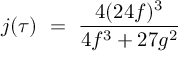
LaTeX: j ( \tau ) ~ = ~ { \frac { 4 ( 2 4 f ) ^ { 3 } } { 4 f ^ { 3 } + 2 7 g ^ { 2 } } }